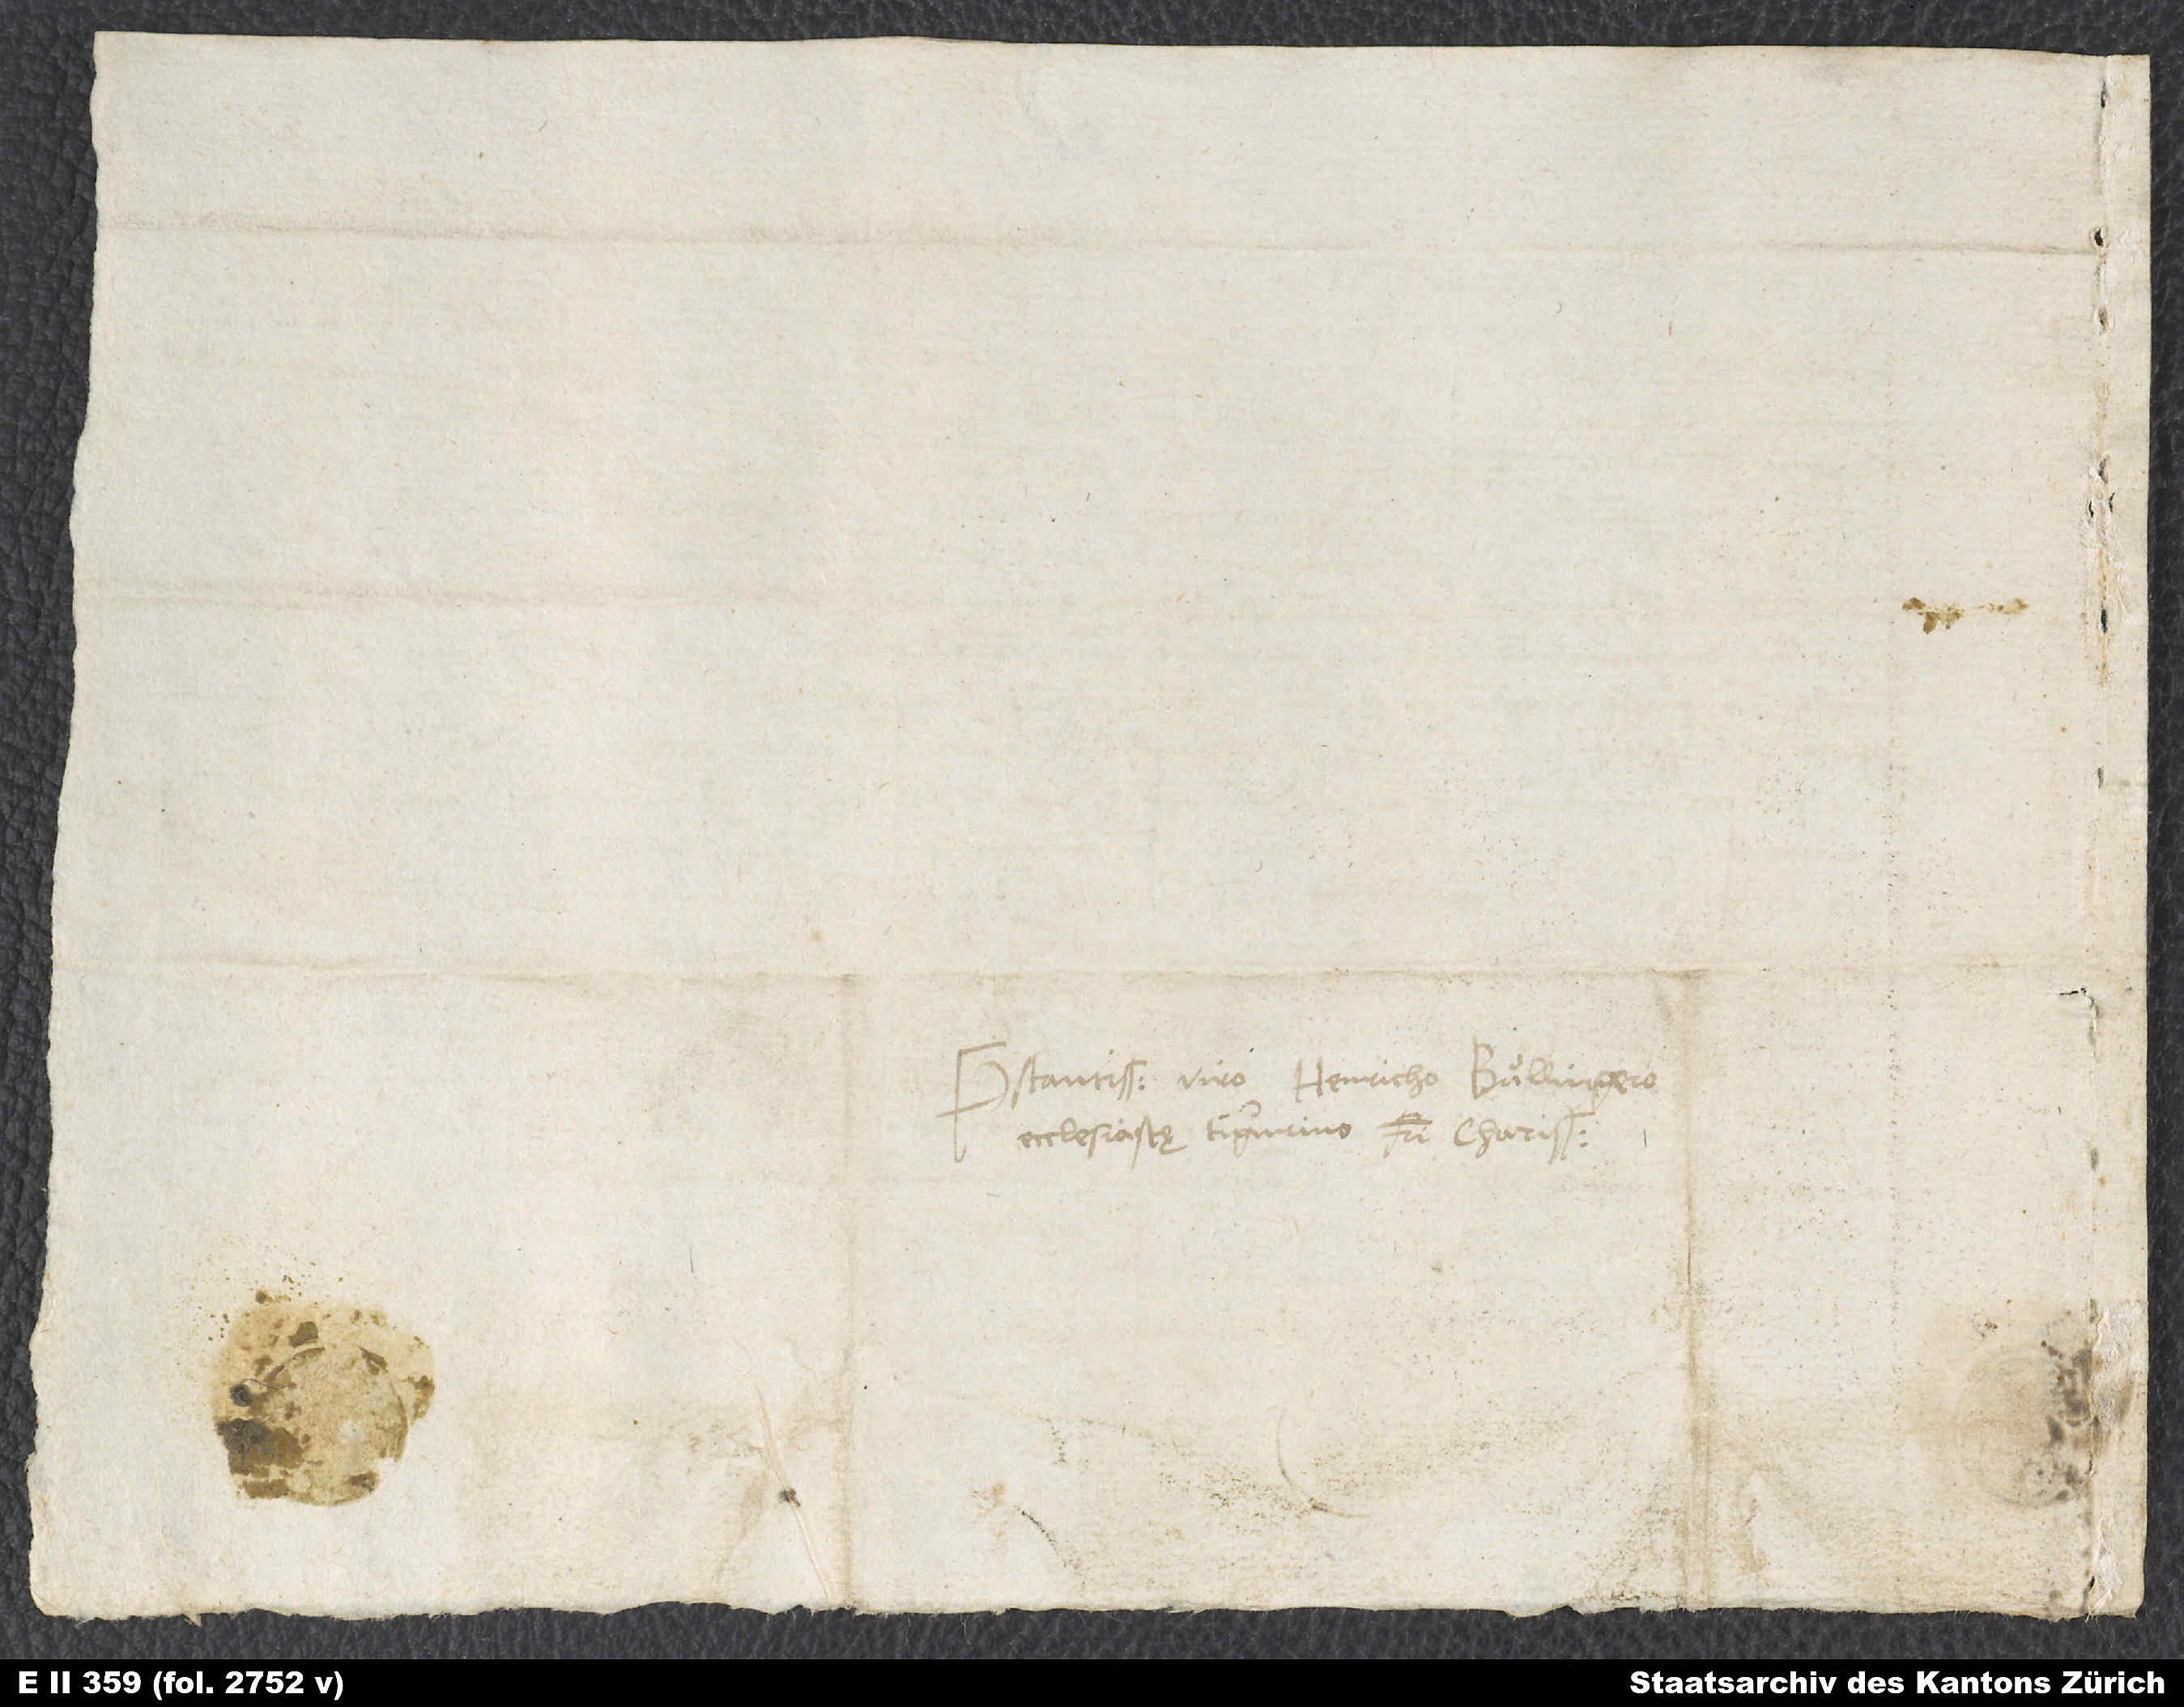
Praestantissimo viro Henricho Bullingero,
ecclesiastę Tigurino, fratri charissimo.